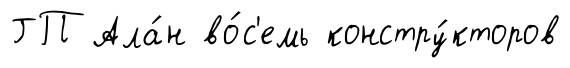
ГП Ала́н во́с'емь констру́кторов